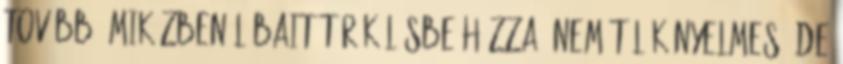
tovább, miközben lábait törökülésbe húzza. Nem túl kényelmes, de